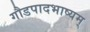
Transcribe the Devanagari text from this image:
गौडपादभाष्‍यम्